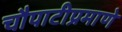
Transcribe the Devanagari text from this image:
चौपाटीप्रमाणे